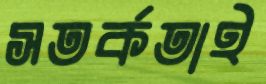
সতর্কতাই